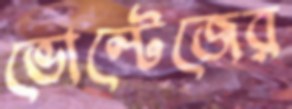
ভোল্টেজের